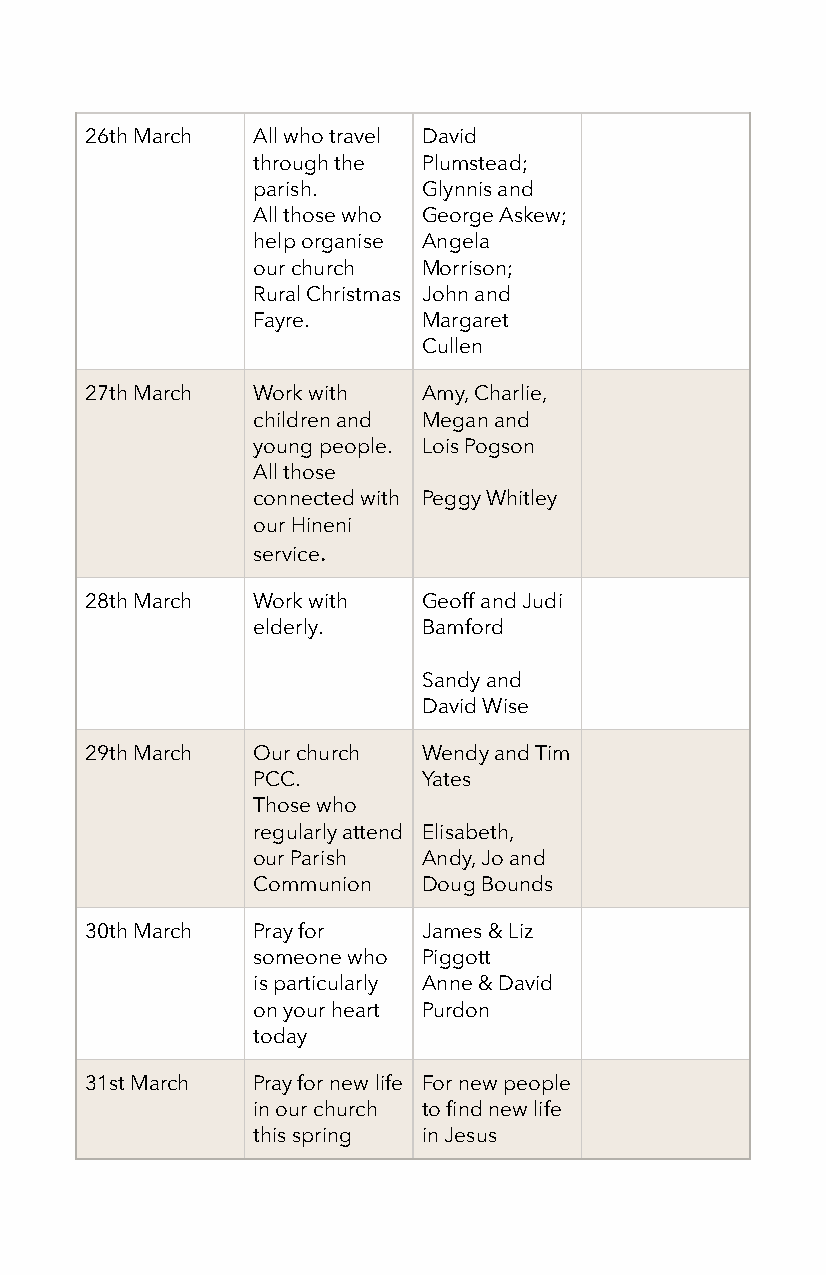
26th March All who travel David
 through the Plumstead;
 parish.    Glynnis and
 All those who George Askew;
 help organise Angela
 our church Morrison;
 Rural Christmas John and
 Fayre.     Margaret
 Cullen
 27th March Work with  Amy, Charlie,
 children and Megan and
 young people. Lois Pogson
 All those
 connected with Peggy Whitley
 our Hineni
 service.
 28th March Work with  Geoff and Judi
 elderly.   Bamford
 Sandy and
 David Wise
 29th March Our church Wendy and Tim
 PCC.       Yates
 Those who
 regularly attend Elisabeth,
 our Parish Andy, Jo and
 Communion  Doug Bounds
 30th March Pray for   James & Liz
 someone who Piggott
 is particularly Anne & David
 on your heart Purdon
 today
 31st March Pray for new life For new people
 in our church to find new life
 this spring in Jesus